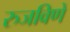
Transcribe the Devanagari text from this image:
रुजविणे